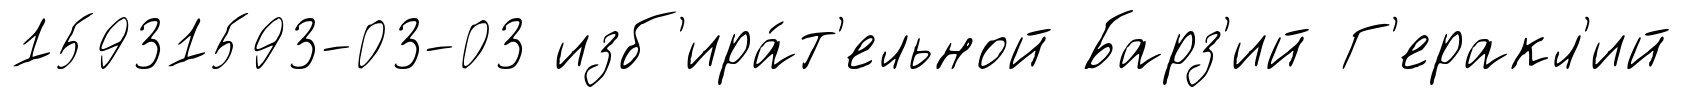
15931593-03-03 изб'ира́т'ельной Барз'ий Г'еракл'ий